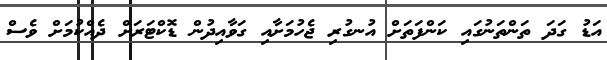
އަޑު ގަދަ ތަންތަނުގައި ކަންފަތަށް އުނގުރި ޖެހުމަށާއި ގަވާއިދުން ޑޮކްޓަރަށް ދެއްކުމަށް ވެސް